Scottish Leaving Certificate Examination, 1958
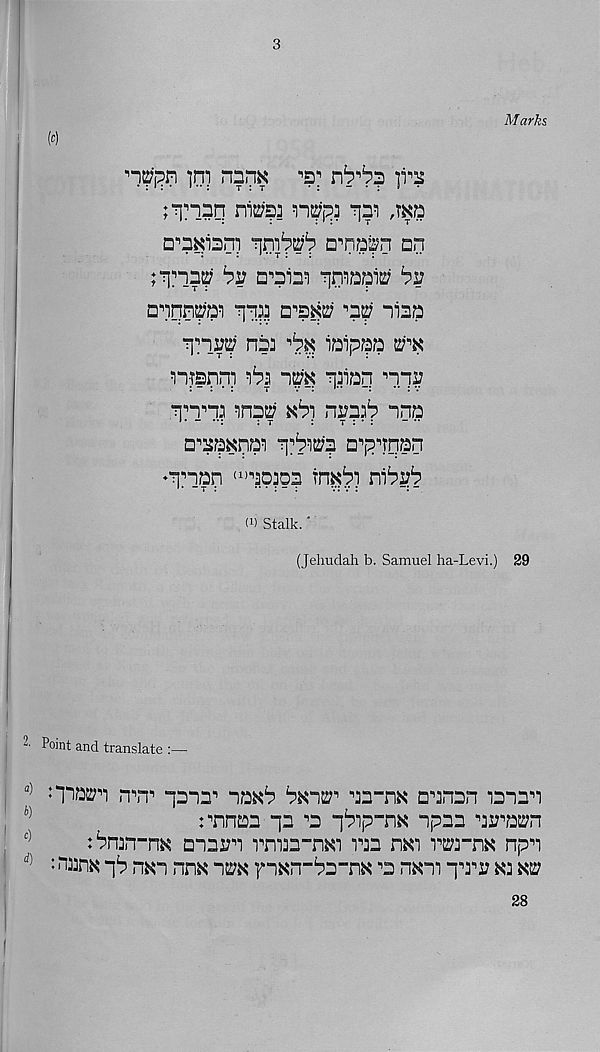
Marks
[o)
nnnK
nnsq ni2;?3
r\^ ,ma
in) 1 ?# 1 ? a'mtyn an
^
^s?
D^Dnpai rp#
^ niap
TT!!^ n?3
iaipap
nwrip ^ im p3iaq n.qi?
qn^.? "inpK;
nv?? 1 ? ina
□^p^nai q^^'? □"p^nan
♦Tian <i)^p303 fn^^
(!) Stalk. ■
(Jelmdah b. Samuel ha-Levi.) 29
|
2 ' Point and translate :—
a) n“i® rrrp qanr naK^
aa-nx aanan ianaa
J)
t^nnan qa •’a pbip-nx apaa ara^n
tbrnn-m mam rnaa-™ laa nm r^rnx npa
d)
:
qb n*n nm i^k faKn-^a-n^ ^ n*m qa^ K3 xa*
28
I